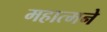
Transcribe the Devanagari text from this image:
महात्मने